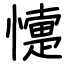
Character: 懥